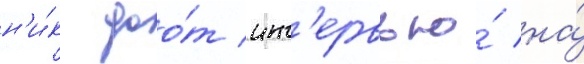
н'и́к дао́т инт'ервью́ на́